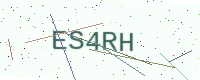
Text: ES4RH